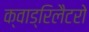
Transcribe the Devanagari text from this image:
क्वाड्रिलैटरो